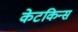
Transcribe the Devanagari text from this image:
केटकिन्स